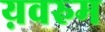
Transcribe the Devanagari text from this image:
य़वरुम